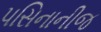
પસિનાનીજ